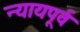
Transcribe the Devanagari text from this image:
न्यायपूर्व